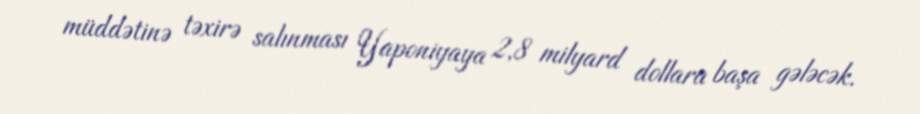
müddətinə təxirə salınması Yaponiyaya 2,8 milyard dollara başa gələcək.